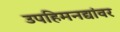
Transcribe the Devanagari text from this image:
उपहिमनद्यांवर